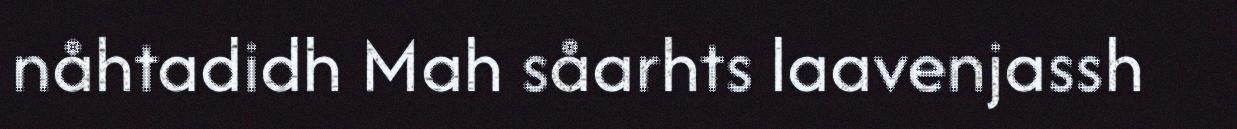
nåhtadidh Mah såarhts laavenjassh